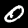
Digit: 0